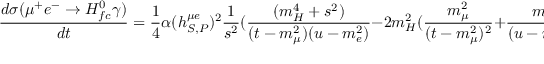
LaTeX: \frac { d \sigma ( \mu ^ { + } e ^ { - } \rightarrow H _ { f c } ^ { 0 } \gamma ) } { d t } = \frac { 1 } { 4 } \alpha ( h _ { S , P } ^ { \mu e } ) ^ { 2 } \frac { 1 } { s ^ { 2 } } ( \frac { ( m _ { H } ^ { 4 } + s ^ { 2 } ) } { ( t - m _ { \mu } ^ { 2 } ) ( u - m _ { e } ^ { 2 } ) } - 2 m _ { H } ^ { 2 } ( \frac { m _ { \mu } ^ { 2 } } { ( t - m _ { \mu } ^ { 2 } ) ^ { 2 } } + \frac { m _ { e } ^ { 2 } } { ( u - m _ { e } ^ { 2 } ) ^ { 2 } } ) ) ,